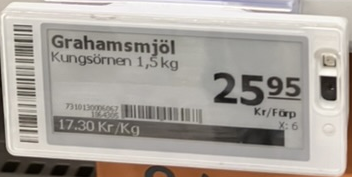
Vara: Grahamsmjöl
Genomsnittspris: 17.3 per kg